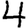
Digit: 4